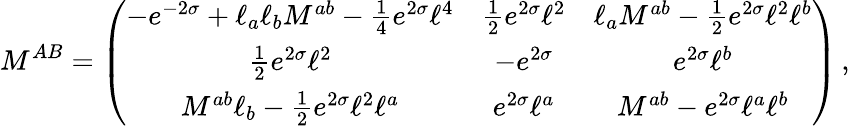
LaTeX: M^{AB}=\left(\begin{array}{ccc}{{-e^{-2\sigma}+\ell_{a}\ell_{b}{{M}}^{ab}-\frac{1}{4}e^{2\sigma}{\ell}^{4}}}&{{\frac{1}{2}e^{2{\sigma}}{\ell}^{2}}}&{{{\ell}_{a}{M}^{ab}-\frac{1}{2}e^{2{\sigma}}{\ell}^{2}{\ell}^{b}}}\\ {{\frac{1}{2}e^{2{\sigma}}{\ell}^{2}}}&{{-e^{2\sigma}}}&{{e^{2{\sigma}}{\ell}^{b}}}\\ {{{M}^{ab}{\ell}_{b}-\frac{1}{2}e^{2{\sigma}}{\ell}^{2}{\ell}^{a}}}&{{e^{2{\sigma}}{\ell}^{a}}}&{{{M}^{ab}-e^{2\sigma}{\ell}^{a}{\ell}^{b}}}\end{array}\right)\, ,